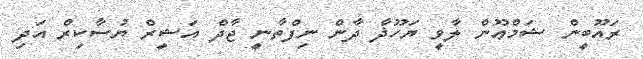
ރައޫބީން ޝަމްޢޫން ލާވީ ޔަހޫޛާ ދާން ނިފްތާނީ ޖާދް އަޝީރް ޔުސާކިރް އަދި